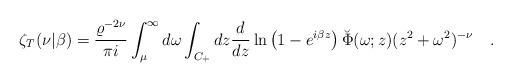
LaTeX: \begin{align*}\zeta_T(\nu|\beta)={\varrho^{-2\nu} \over \pi i}\int_{\mu}^{\infty} d\omega \int_{C_+} dz{d \over dz}\ln\left(1-e^{i\beta z}\right)\breve{\Phi}(\omega;z)(z^2+\omega^2)^{-\nu}~~~.\end{align*}